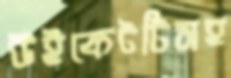
উইকেটটিসহ